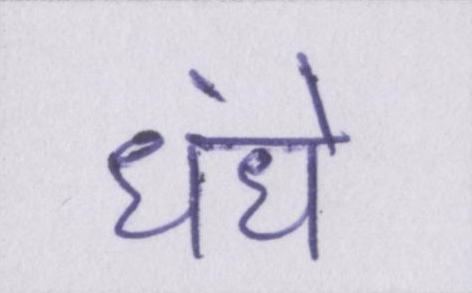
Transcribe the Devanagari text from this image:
धंधे